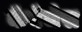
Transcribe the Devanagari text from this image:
कॅबेजेस